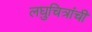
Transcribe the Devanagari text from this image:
लघुचित्रांची